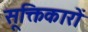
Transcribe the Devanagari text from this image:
सूक्तिकारों